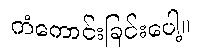
ကံကောင်းခြင်းပေါ့။